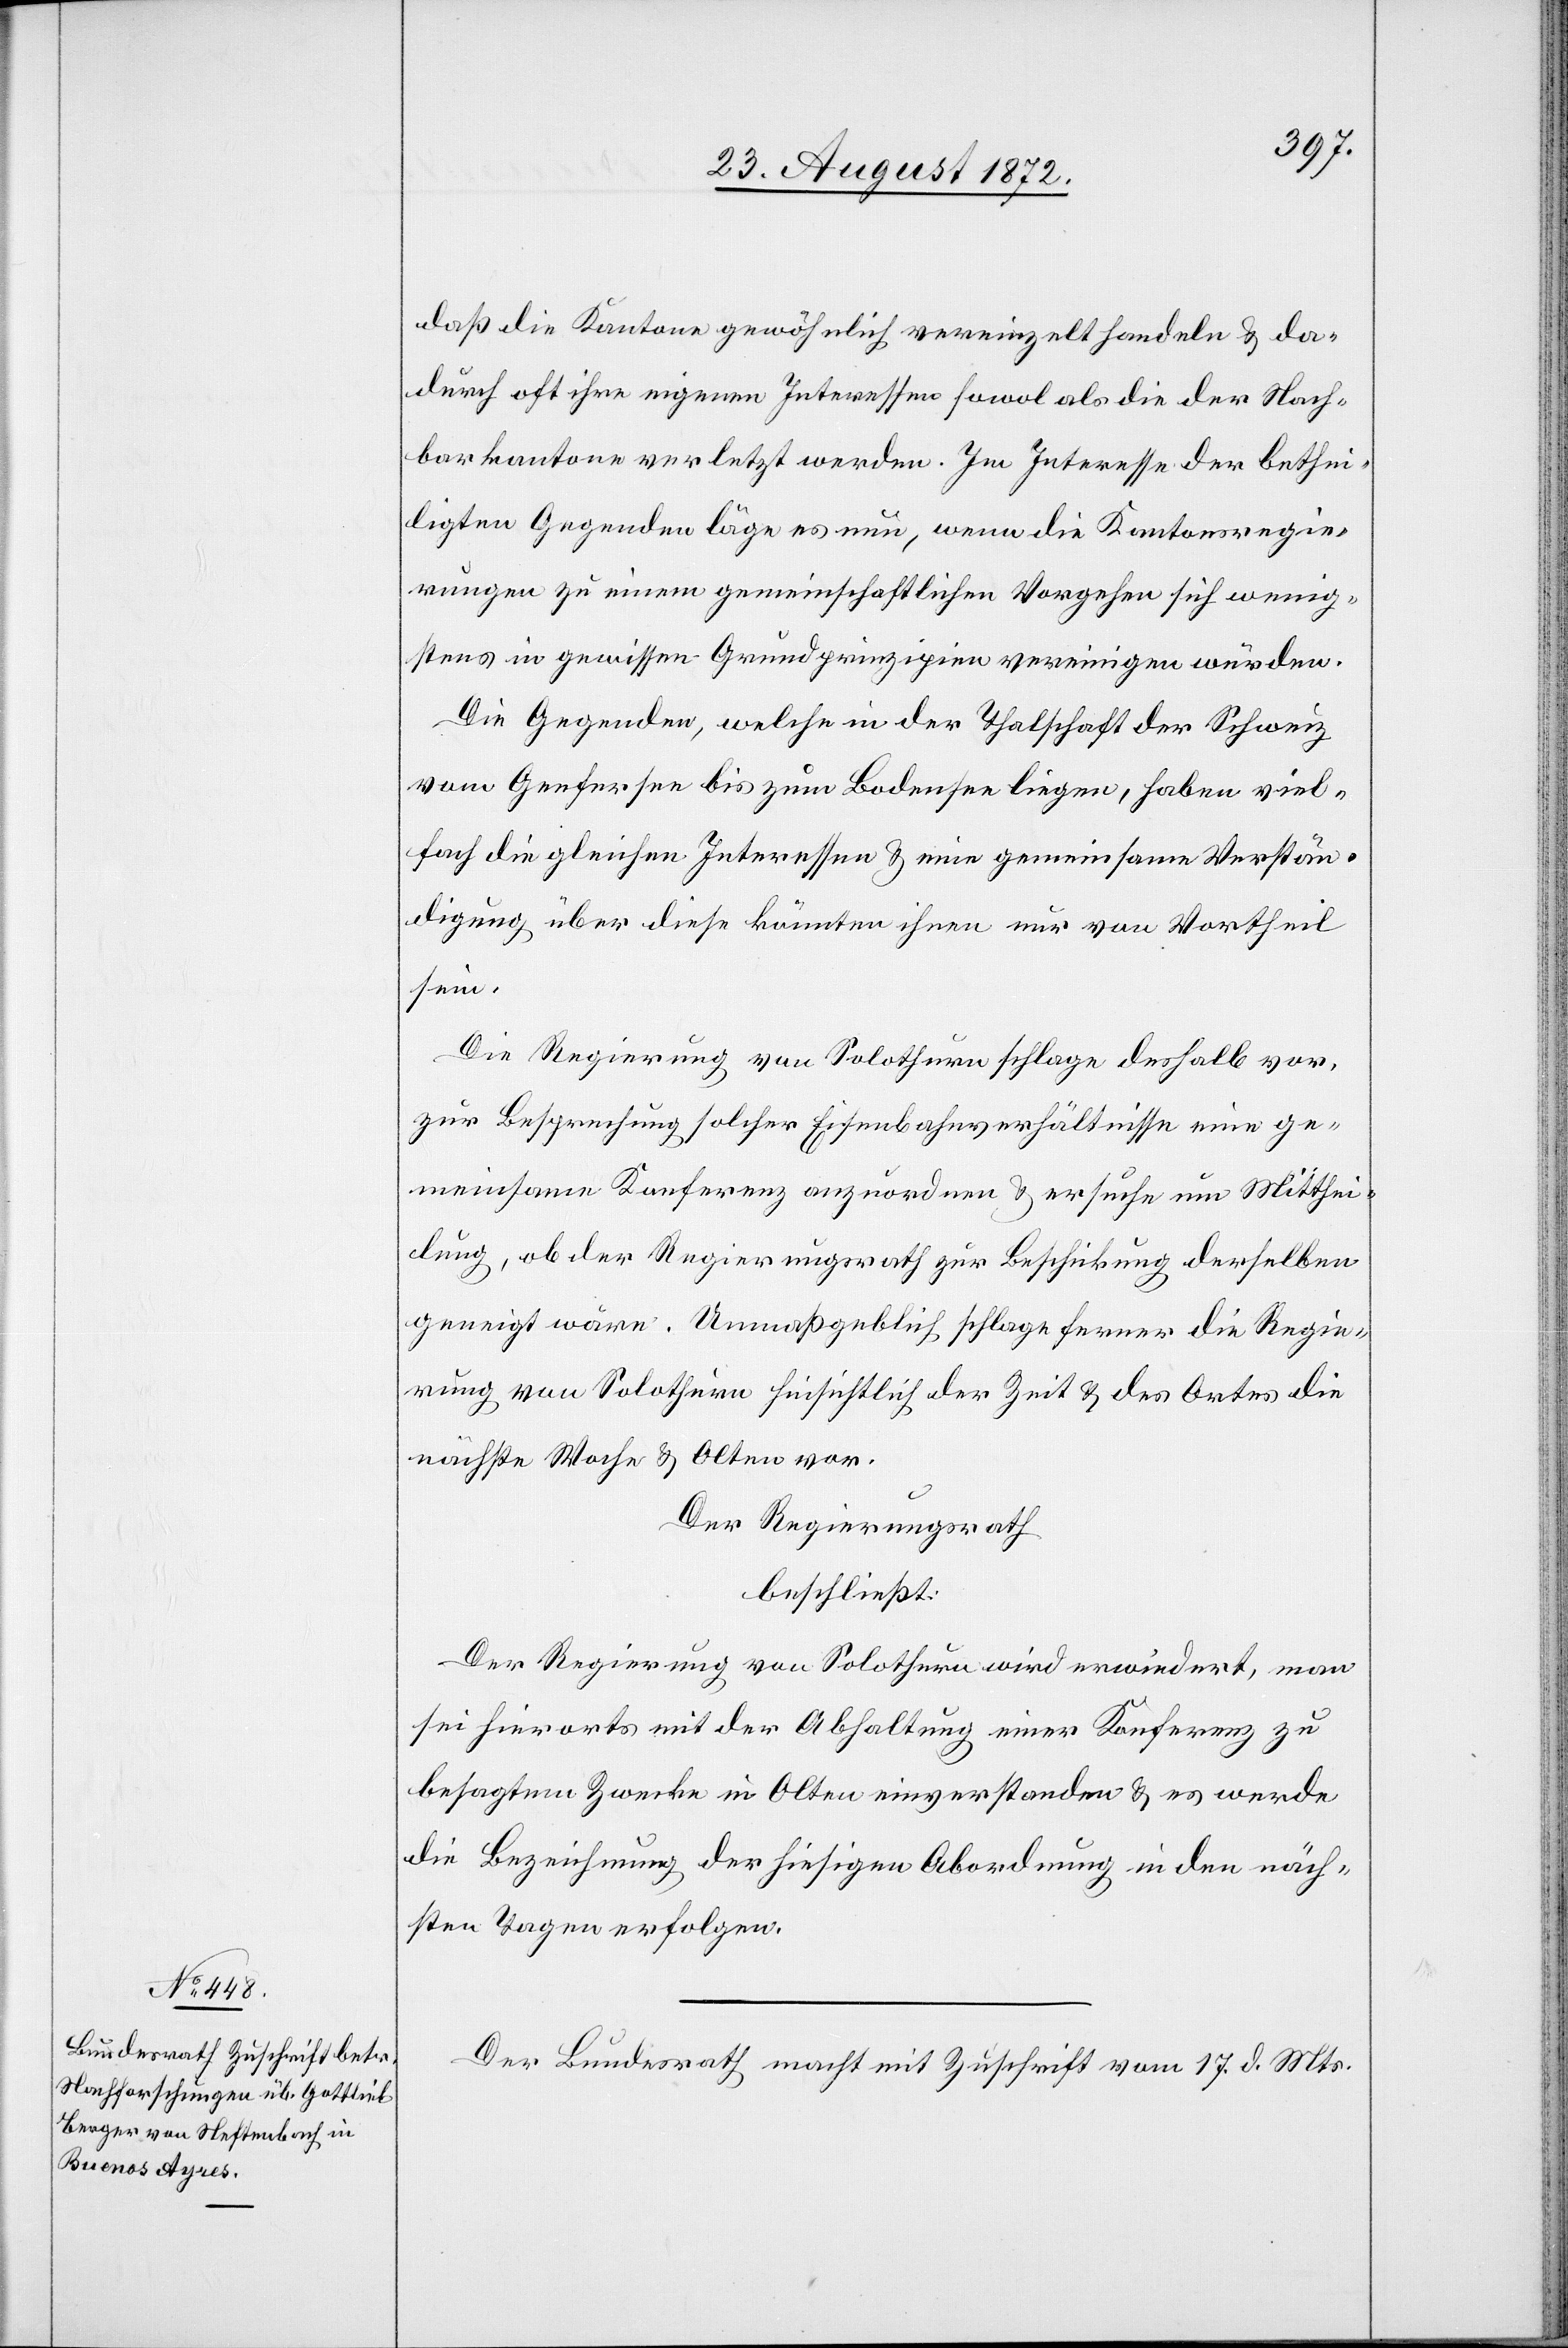
24. August 1872.]
daß die Kantone gewöhnlich vereinzelt handeln u. da¬
durch oft ihre eigene Interessen sowol als die der Nach¬
barkantone verletzt werden. Im Interesse der bethei¬
ligten Gegenden läge es nun, wenn die Kantonsregie¬
rungen zu einem gemeinschaftlichen Vorgehen sich wenig¬
stens in gewissen Grundprinzipien vereinigen würden.
Die Gegenden, welche in der Thalschaft der Schweiz
vom Genfersee bis zum Bodensee liegen, haben viel¬
fach die gleichen Interessen u. eine gemeinsame Verstän¬
digung über diese könnten ihnen nur von Vortheil
sein.
Die Regierung von Solothurn schlage deshalb vor,
zur Besprechung solcher Eisenbahnverhältnisse eine ge¬
meinsame Konferenz anzuordnen u. ersuche um Mitthei¬
lung, ob der Regierungsrath zur Beschickung derselben
geneigt wäre. Unmaßgeblich schlage ferner die Regie¬
rung von Solothurn hinsichtlich der Zeit u. des Ortes die
nächste Woche u. Olten vor.
Der Regierungsrath,
beschließt:
Der Regierung von Solothurn wird erwiedert, man
sei hierorts mit der Abhaltung einer Konferenz zu
besagtem Zwecke in Olten einverstanden u. es werde
die Bezeichnung der hiesigen Abordnung in den näch¬
sten Tagen erfolgen.
Der Bundesrath macht mit Zuschrift vom 17. d. Mts.